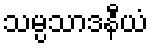
သမ္ပသာဒနီယံ